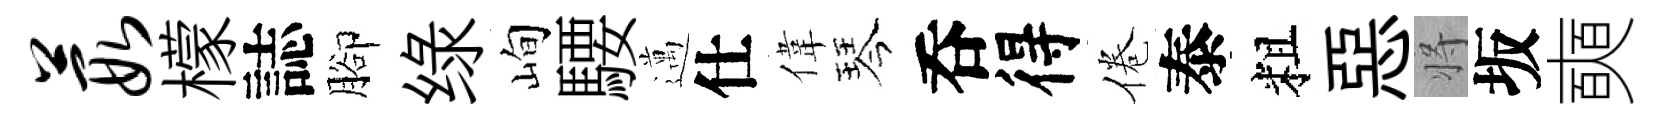
葭檬誌腳绿峋騕邁仕偉琴呑得倦泰粗惡将坂奭